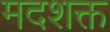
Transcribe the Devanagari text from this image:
मदशक्त